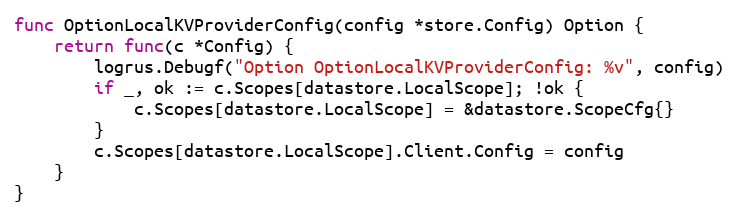
Language: Go
func OptionLocalKVProviderConfig(config *store.Config) Option {
	return func(c *Config) {
		logrus.Debugf("Option OptionLocalKVProviderConfig: %v", config)
		if _, ok := c.Scopes[datastore.LocalScope]; !ok {
			c.Scopes[datastore.LocalScope] = &datastore.ScopeCfg{}
		}
		c.Scopes[datastore.LocalScope].Client.Config = config
	}
}